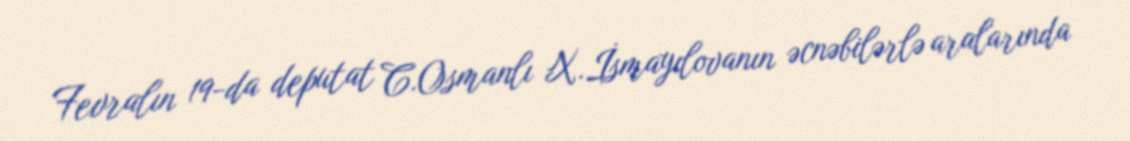
Fevralın 19-da deputat C.Osmanlı X.İsmayılovanın əcnəbilərlə aralarında